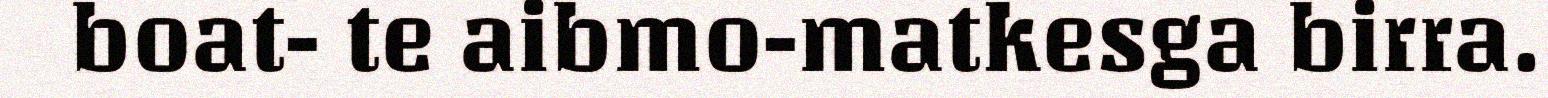
boat- te aibmo-matkesga birra.